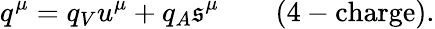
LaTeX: q^{\mu}=q_{V}u^{\mu}+q_{A}\mathfrak{s}^{\mu}\qquad\mathrm{{(4-charge).}}